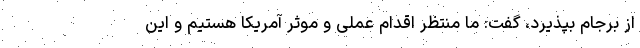
از برجام بپذیرد، گفت: ما منتظر اقدام عملی و موثر آمریکا هستیم و این